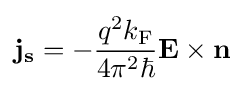
\mathbf {j_{s}} =-{\frac {q^{2}k_{\rm {F}}}{4\pi ^{2}\hbar }}\mathbf {E} \times \mathbf {n}